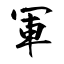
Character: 軍